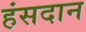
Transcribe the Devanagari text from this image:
हंसदान